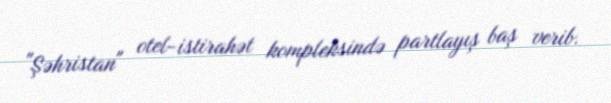
"Şəhristan" otel-istirahət kompleksində partlayış baş verib.